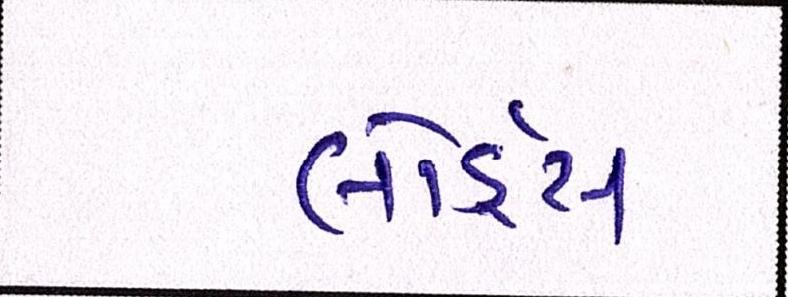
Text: લોર્ડ્સ